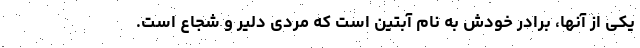
یکی از آنها، برادر خودش به نام آبتین است که مردی دلیر و شجاع است.